Burma Government Medical School reports 1923-41
Year: 1923
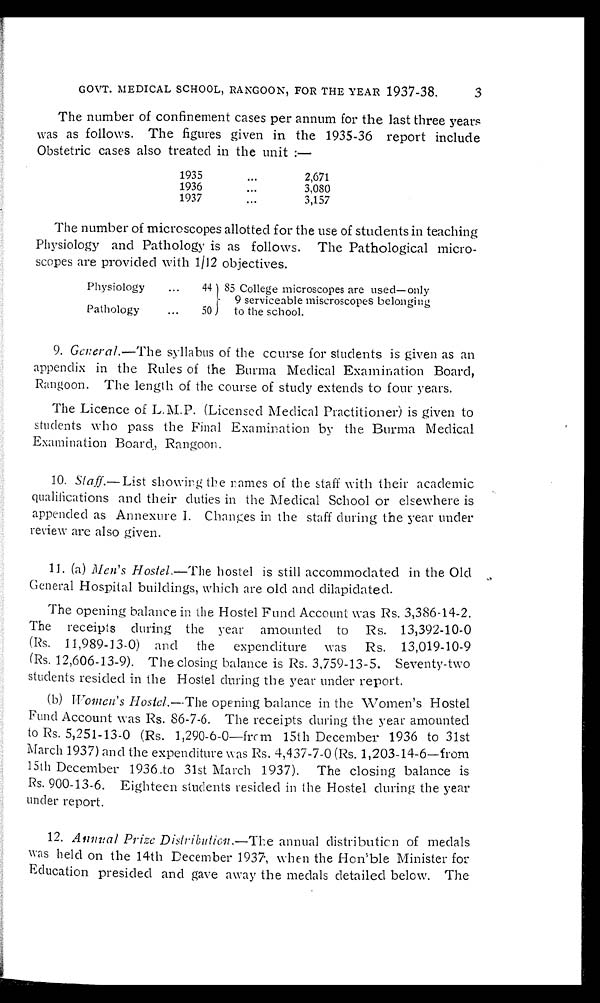
GOVT. MEDICAL SCHOOL, RANGOON, FOR THE YEAR 1937-38.
The number of confinement cases per annum for the last three years
was as follows. The figures given in the 1935-36 report include
Obstetric cases also treated in the unit:—
1935 . . .
2,671
1936 . . .
3,080
1937 . . .
3,157
The number of microscopes allotted for the use of students in teaching
Physiology and Pathology is as follows. The Pathological micro
-
scopes are provided with 1/12 objectives.
Physiology . . .
44 85 College microscopes are used—only
9 serviceable miscroscopes belonging
to the school.
Pathology . . .
50
9. General.— The syllabus of the course for students is given as an
appendix in the Rules of the Burma Medical Examination Board,
Rangoon. The length of the course of study extends to four years.
The Licence of L.M.P. (Licensed Medical Practitioner) is given to
students who pass the Final Examination by the Burma Medical
Examination Board, Rangoon.
10. Staff.— List showing the names of the staff with their academic
qualifications and their duties in the Medical School or elsewhere is
appended as Annexure I. Changes in the staff during the year under
review are also given.
11. (a) Men's Hostel.—The hostel is still accommodated in the Old
General Hospital buildings, which are old and dilapidated.
The opening balance in the Hostel Fund Account was Rs. 3,386-14-2.
The receipts during the year amounted to Rs. 13,392-10-0
(Rs. 11,989-13-0) and the expenditure was Rs. 13,019-10-9
(Rs. 12,606-13-9). The closing balance is Rs. 3,759-13-5. Seventy-two
students resided in the Hostel during the year under report.
(b) W omen's Hostel.— The opening balance in the Women's Hostel
Fund Account was Rs. 86-7-6. The receipts during the year amounted
to Rs. 5,251-13-0 (Rs. 1,290-6-0—from 15th December 1936 to 31st
March 1937) and the expenditure was Rs. 4,437-7-0 (Rs. 1,203-14-6—from
15th December 1936 to 31st March 1937). The closing balance is
Rs. 900-13-6. Eighteen students resided in the Hostel during the year
under report.
12. Annual Prize Distribution.—The annual distribution of medals
was held on the 14th December 1937, when the Hon'ble Minister for
Education presided and gave away the medals detailed below. The
3